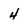
Character: 4